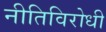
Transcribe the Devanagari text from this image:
नीतिविरोधी